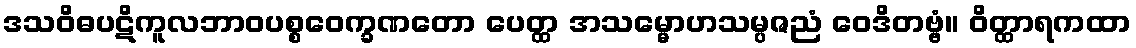
ဒသဝိဓပဋိကူလဘာဝပစ္စဝေက္ခဏတော ပေတ္ထ အသမ္မောဟသမ္ပဇညံ ဝေဒိတဗ္ဗံ။ ဝိတ္ထာရကထာ